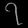
Digit: ၇